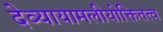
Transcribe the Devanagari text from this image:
देव्यायामलीयोक्तितत्व